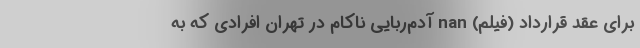
برای عقد قرارداد (فیلم) nan آدم‌ربایی ناکام در تهران افرادی که به